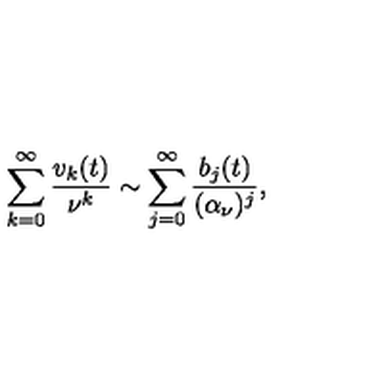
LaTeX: \sum _ { k = 0 } ^ { \infty } { \frac { v _ { k } ( t ) } { \nu ^ { k } } } \sim \sum _ { j = 0 } ^ { \infty } { \frac { b _ { j } ( t ) } { ( \alpha _ { \nu } ) ^ { j } } } ,